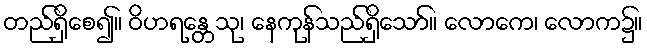
တည်ရှိစေ၍။ ဝိဟရန္တေသု၊ နေကုန်သည်ရှိသော်။ လောကေ၊ လောက၌။